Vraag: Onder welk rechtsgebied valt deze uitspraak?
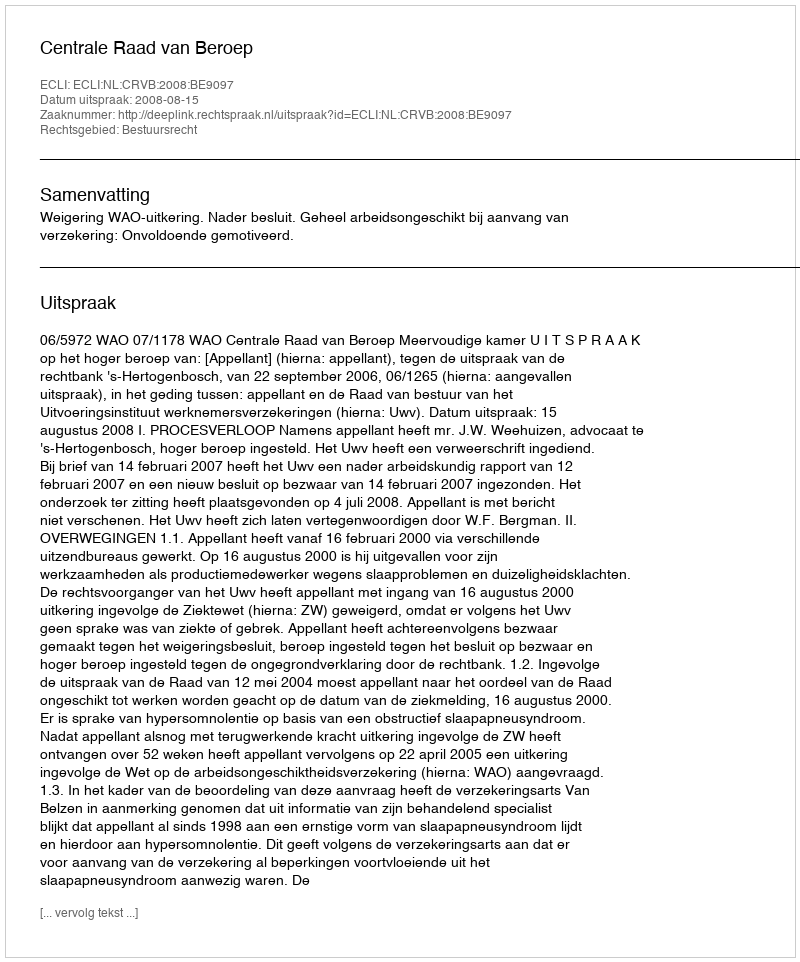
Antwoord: Bestuursrecht